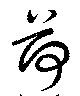
荷